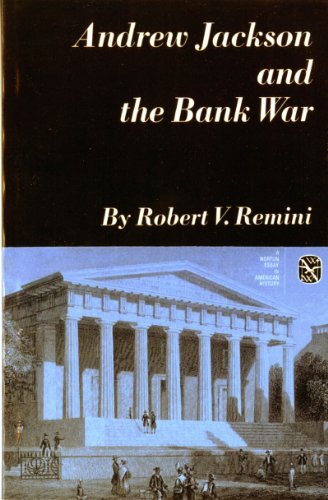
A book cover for Andrew Jackson and the Bank War (Norton Essays in American History); Robert V. Remini; Business & Money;